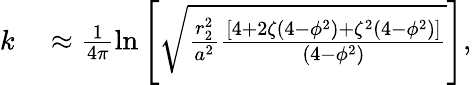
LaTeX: \begin{array}{rl}{k}&{{}\approx\frac{1}{4\pi}\ln{\left[\sqrt{\frac{r_{2}^{2}}{a^{2}}\frac{\left[4+2\zeta\left(4-\phi^{2}\right)+\zeta^{2}\left(4-\phi^{2}\right)\right]}{\left(4-\phi^{2}\right)}}\right]},}\end{array}